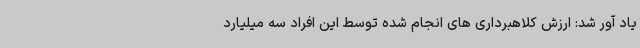
یاد آور شد: ارزش کلاهبرداری های انجام شده توسط این افراد سه میلیارد